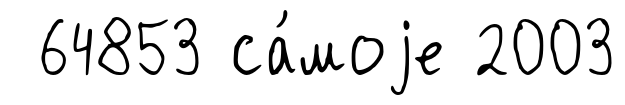
64853 са́моjе 2003